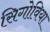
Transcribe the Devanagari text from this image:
सिगोविया